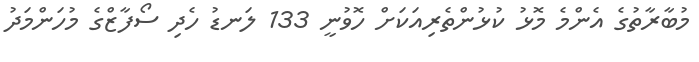
މުބާރާތުގެ އެންމެ މޮޅު ކުޅުންތެރިއަކަށް ހޮވުނީ 133 ލަނޑު ހެދި ސޯފާޒްގެ މުހަންމަދު